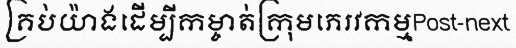
គ្រប់យ៉ាងដើម្បីកម្ចាត់ក្រុមភេរវកម្មPost-next